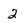
Character: 2